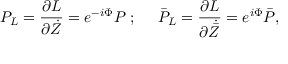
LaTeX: P _ { L } = \frac { \partial L } { \partial \dot { Z } } = e ^ { - i \Phi } P \; ; \; \; \; \; \; \bar { P } _ { L } = \frac { \partial L } { \partial \dot { \bar { Z } } } = e ^ { i \Phi } \bar { P } ,